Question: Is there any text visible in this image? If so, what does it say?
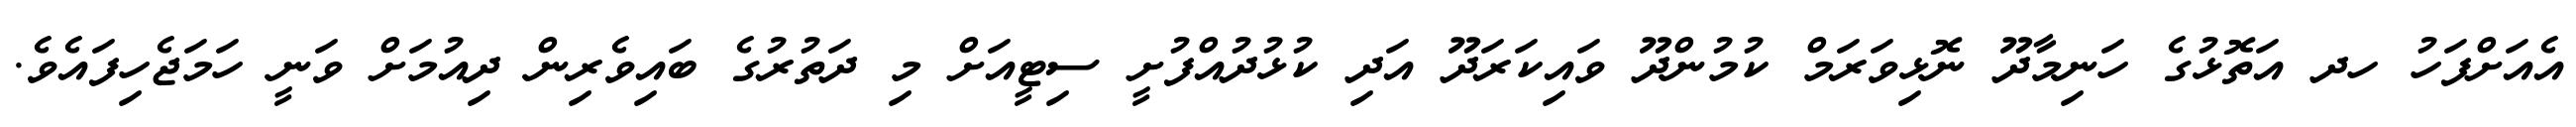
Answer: އެއަށްފަހު ހދ އަތޮޅުގެ ހަނިމާދޫ ނޮޅިވަރަމް ކުމުންދޫ ވައިކަރަދޫ އަދި ކުޅުދުއްފުށީ ސިޓީއަށް މި ދަތުރުގެ ބައިވެރިން ދިއުމަށް ވަނީ ހަމަޖެހިފައެވެ.